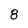
Character: 8